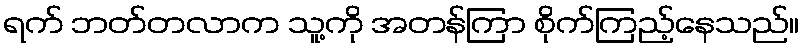
ရက် ဘတ်တလာက သူ့ကို အတန်ကြာ စိုက်ကြည့်နေသည်။